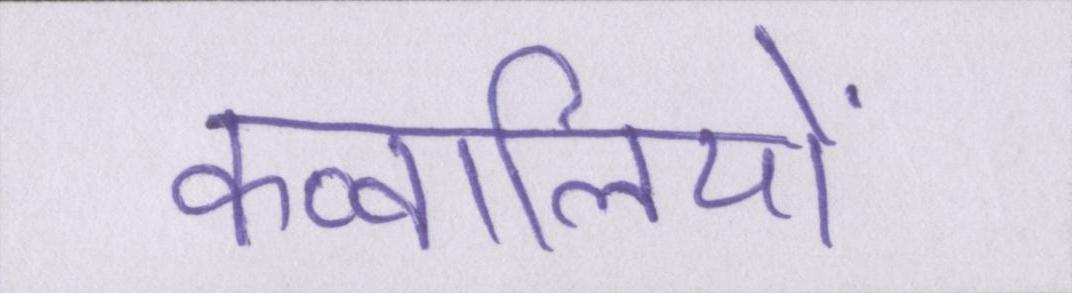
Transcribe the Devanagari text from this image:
कव्वालियों